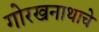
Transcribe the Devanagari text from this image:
गोरखनाथाचे